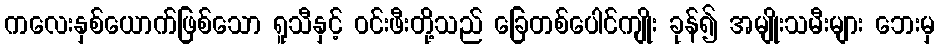
ကလေးနှစ်ယောက်ဖြစ်သော ရူသီနှင့် ဝင်းဖီးတို့သည် ခြေတစ်ပေါင်ကျိုး ခုန်၍ အမျိုးသမီးများ ဘေးမှ